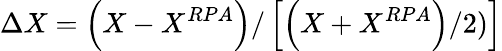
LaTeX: \Delta X=\left(X-X^{RPA}\right)/\left[\left(X+X^{RPA}\right)/2)\right]